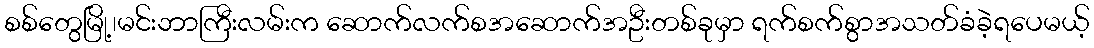
စစ်တွေမြို့၊မင်းဘာကြီးလမ်းက ဆောက်လက်စအဆောက်အဦးတစ်ခုမှာ ရက်စက်စွာအသတ်ခံခဲ့ရပေမယ့်